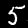
Digit: 5